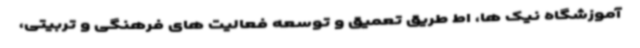
آموزشگاه نیک ها، اط طریق تعمیق و توسعه فعالیت های فرهنگی و تربیتی،